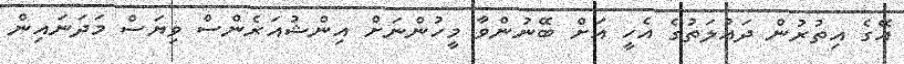
އޭގެ އިތުރުން ދައުލަތުގެ އެހީ އަށް ބޭނުންވާ މީހުންނަށް އިންޝުއަރެންސް ވިޔަސް މަދަނައިން